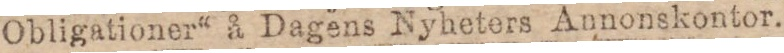
Obligationer“ å Dagens Nyheters Annonskontor.